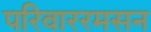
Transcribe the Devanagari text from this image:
परिवाररमसन